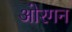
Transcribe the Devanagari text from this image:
ओरगन